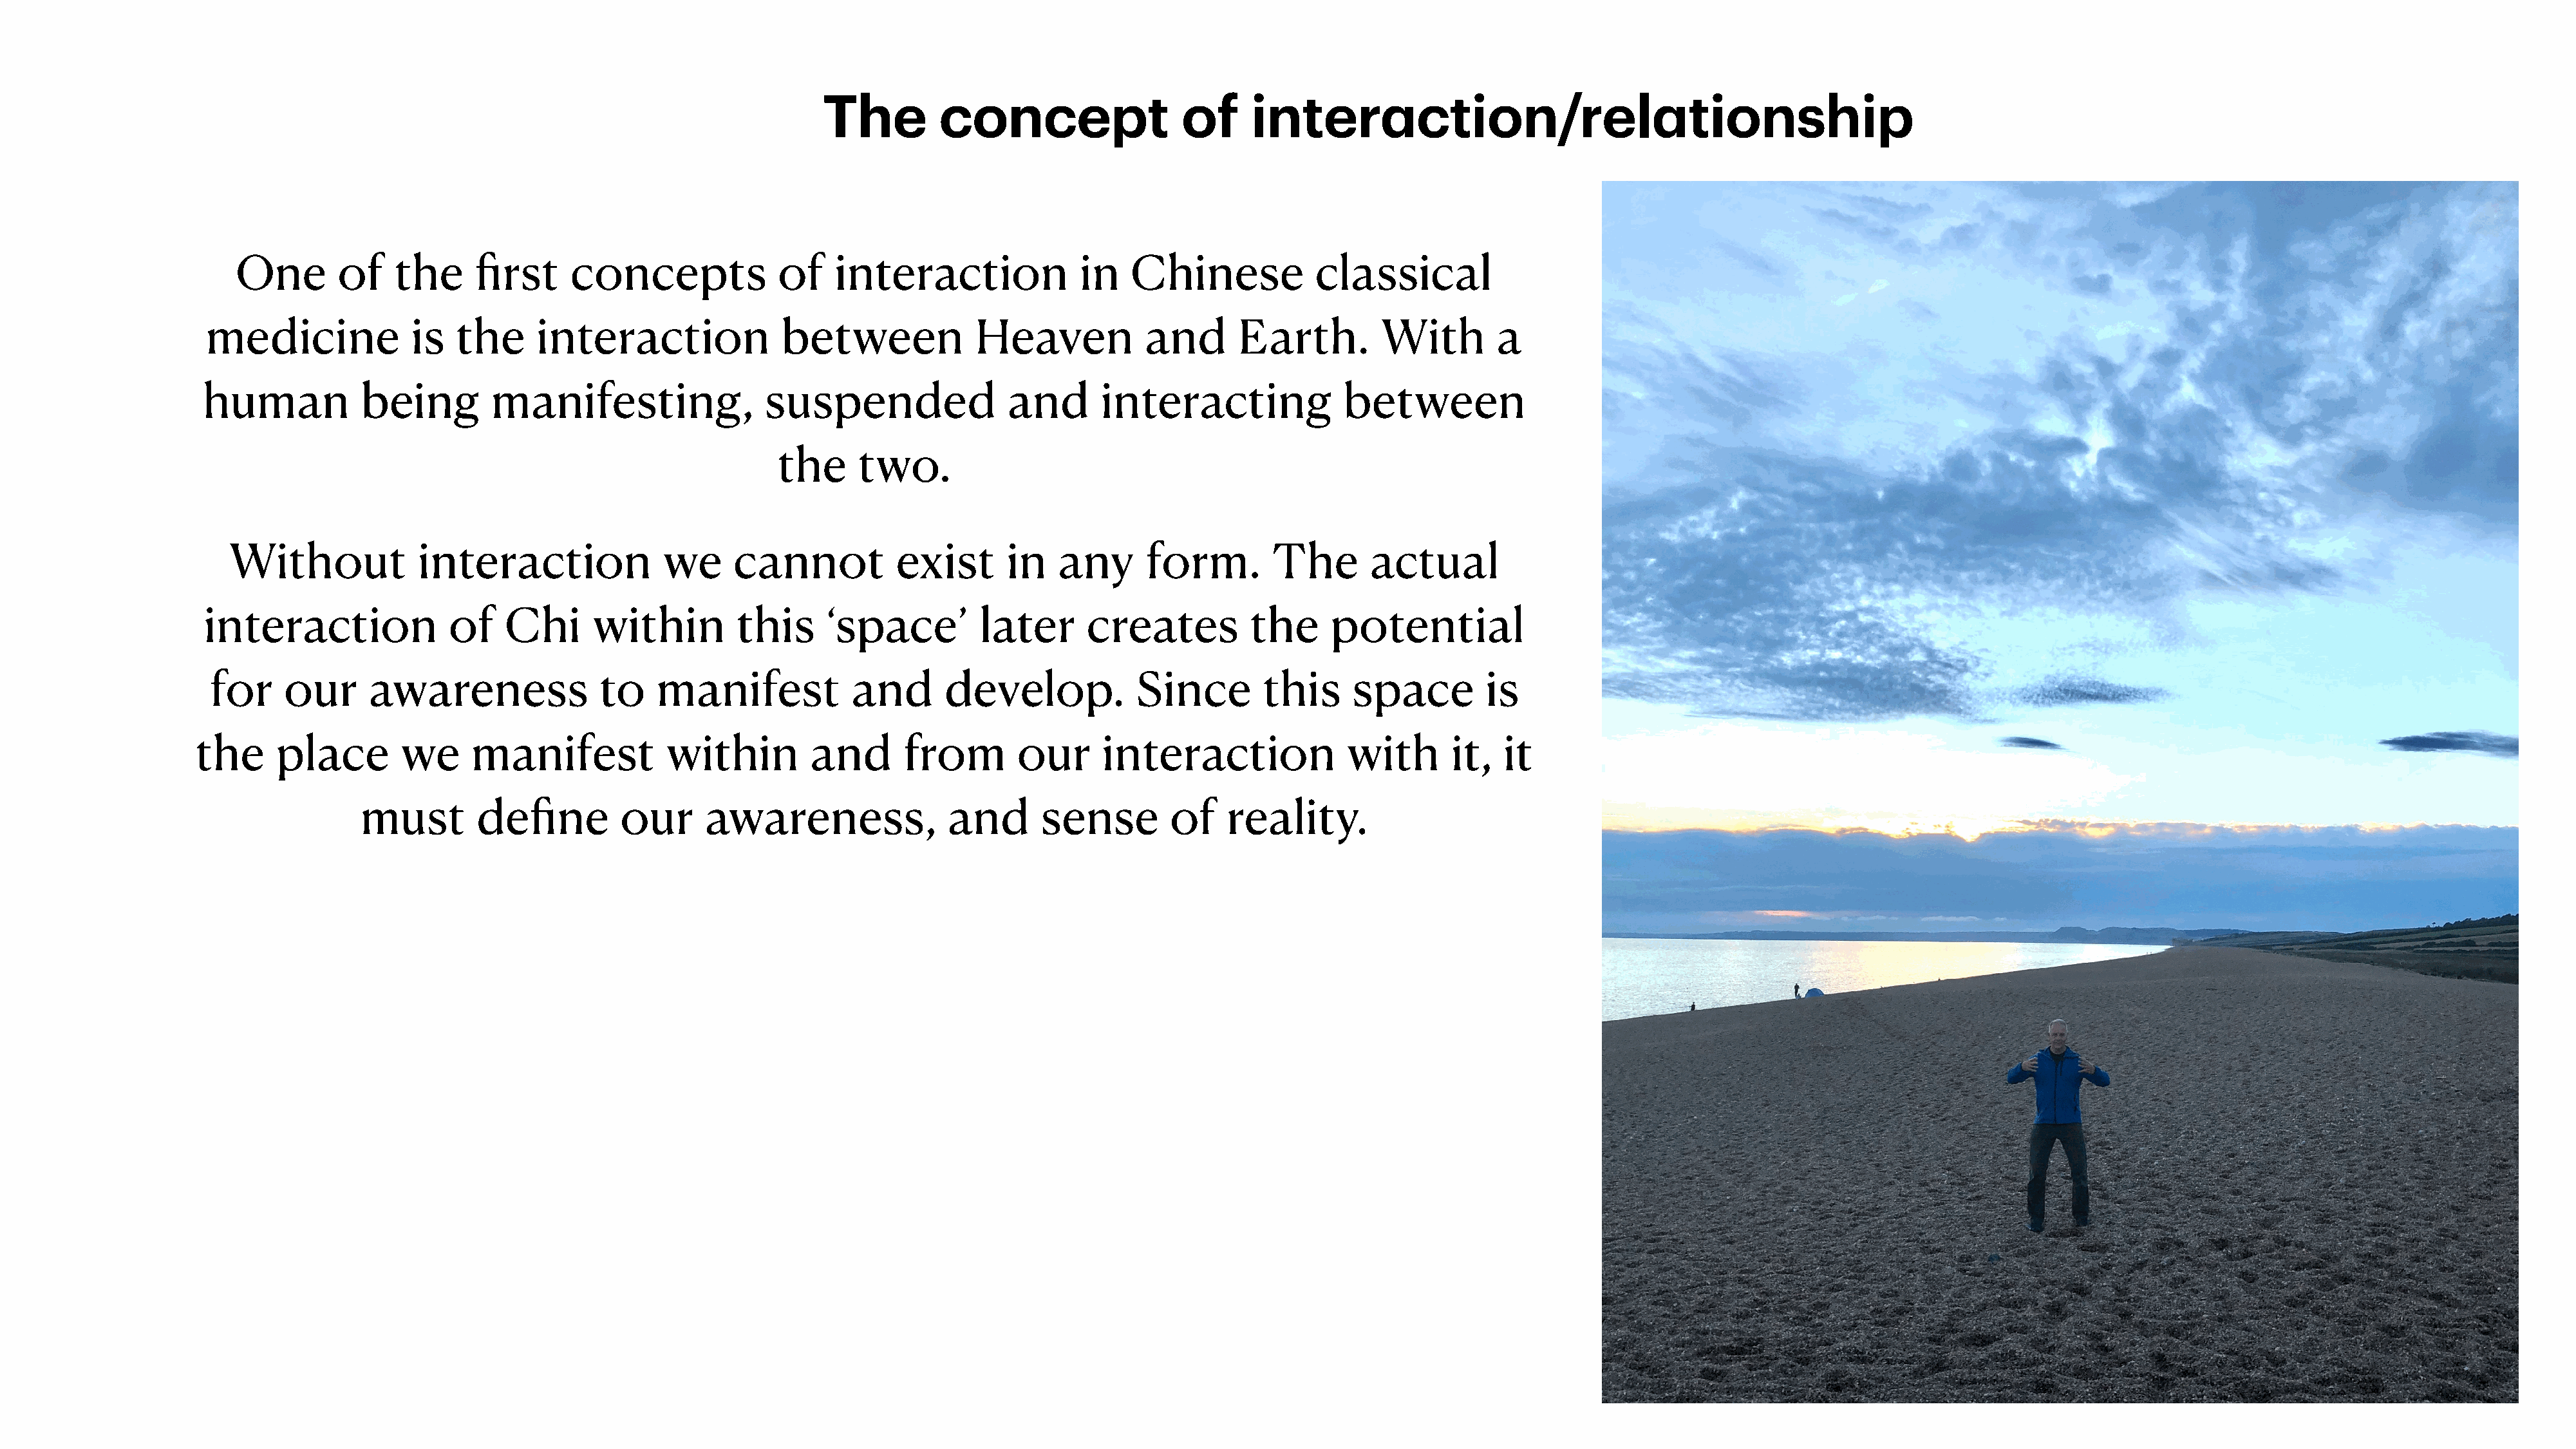
The         concept                 of      interaction/relationship
 One        of    the     first     concepts             of    interaction              in   Chinese            classical
 medicine             is   the     interaction              between             Heaven            and      Earth.         With        a
 human           being        manifesting,                 suspended                and      interacting              between
 the     two.
 Without            interaction              we     cannot           exist      in    any      form.        The       actual
 interaction              of    Chi      within         this     ‘space’         later      creates         the      potential
 for    our      awareness               to   manifest             and      develop.            Since        this     space         is
 the     place        we     manifest            within         and       from        our     interaction              with       it,   it
 must        define         our     awareness,               and       sense        of    reality.